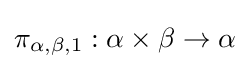
\pi _{\alpha ,\beta ,1}:\alpha \times \beta \to \alpha